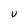
Character: U